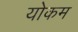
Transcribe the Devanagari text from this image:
योकम